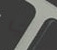
في